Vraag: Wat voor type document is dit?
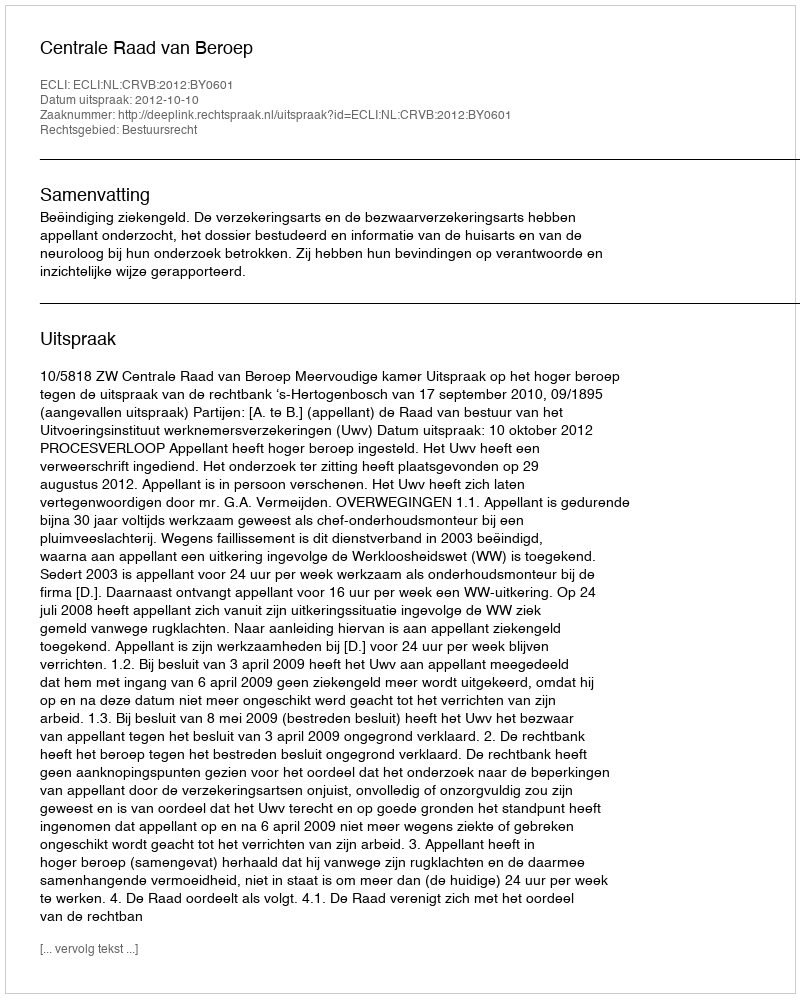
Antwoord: Uitspraak